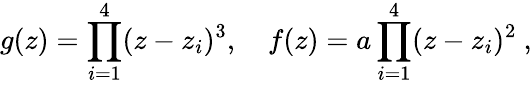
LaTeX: g(z)=\prod_{i=1}^{4}(z-z_{i})^{3},~~~~f(z)=a\prod_{i=1}^{4}(z-z_{i})^{2}\ ,